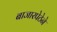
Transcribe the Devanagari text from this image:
बाजारपेठेने